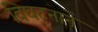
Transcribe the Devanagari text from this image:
विघटनाने